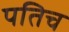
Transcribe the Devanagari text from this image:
पतिच